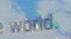
world